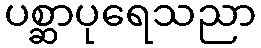
ပစ္ဆာပုရေသညာ